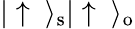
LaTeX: |\uparrow\ \rangle_{\mathrm{s}}|\uparrow\ \rangle_{\mathrm{o}}